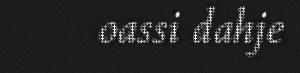
oassi dahje